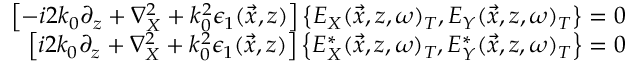
\begin{array} { r } { \left[ - i 2 k _ { 0 } \partial _ { z } + \nabla _ { X } ^ { 2 } + k _ { 0 } ^ { 2 } \epsilon _ { 1 } ( \vec { x } , z ) \right] \left\{ E _ { X } ( \vec { x } , z , \omega ) _ { T } , E _ { Y } ( \vec { x } , z , \omega ) _ { T } \right\} = 0 } \\ { \left[ i 2 k _ { 0 } \partial _ { z } + \nabla _ { X } ^ { 2 } + k _ { 0 } ^ { 2 } \epsilon _ { 1 } ( \vec { x } , z ) \right] \left\{ E _ { X } ^ { * } ( \vec { x } , z , \omega ) _ { T } , E _ { Y } ^ { * } ( \vec { x } , z , \omega ) _ { T } \right\} = 0 } \end{array}